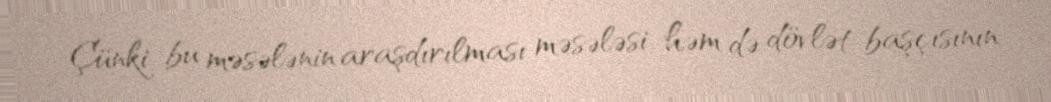
Çünki bu məsələnin araşdırılması məsələsi həm də dövlət başçısının